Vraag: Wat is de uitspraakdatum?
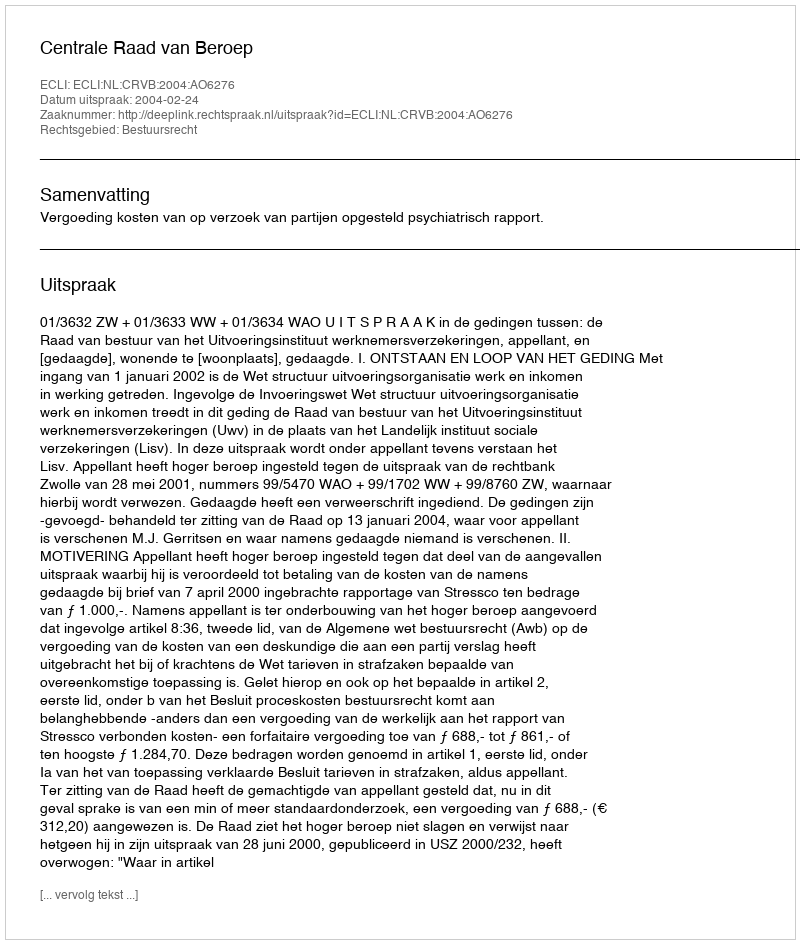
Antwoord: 2004-02-24